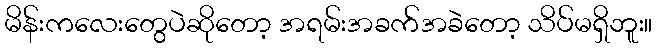
မိန်းကလေးတွေပဲဆိုတော့ အရမ်းအခက်အခဲတော့ သိပ်မရှိဘူး။